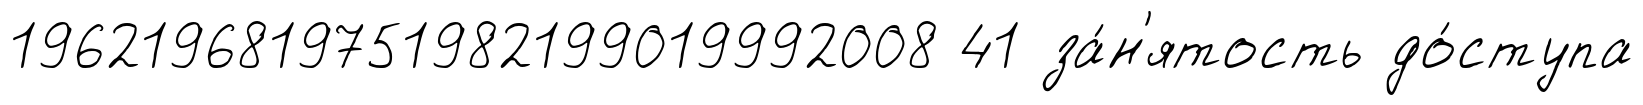
1962196819751982199019992008 41 за́н'ятость до́ступа